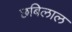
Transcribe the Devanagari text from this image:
छबिलाल